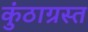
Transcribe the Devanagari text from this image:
कुंठाग्रस्त